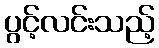
ပွင့်လင်းသည့်